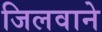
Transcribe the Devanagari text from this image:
जिलवाने